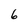
Character: 6